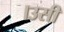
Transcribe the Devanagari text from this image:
।उसी